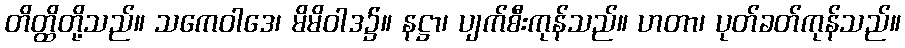
တိတ္ထိတို့သည်။ သကေဝါဒေ၊ မိမိဝါဒ၌။ နဋ္ဌာ၊ ပျက်စီးကုန်သည်။ ဟတာ၊ ပုတ်ခတ်ကုန်သည်။